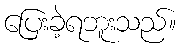
ပြေးခဲ့ရဘူးသည်။